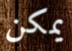
يمكن